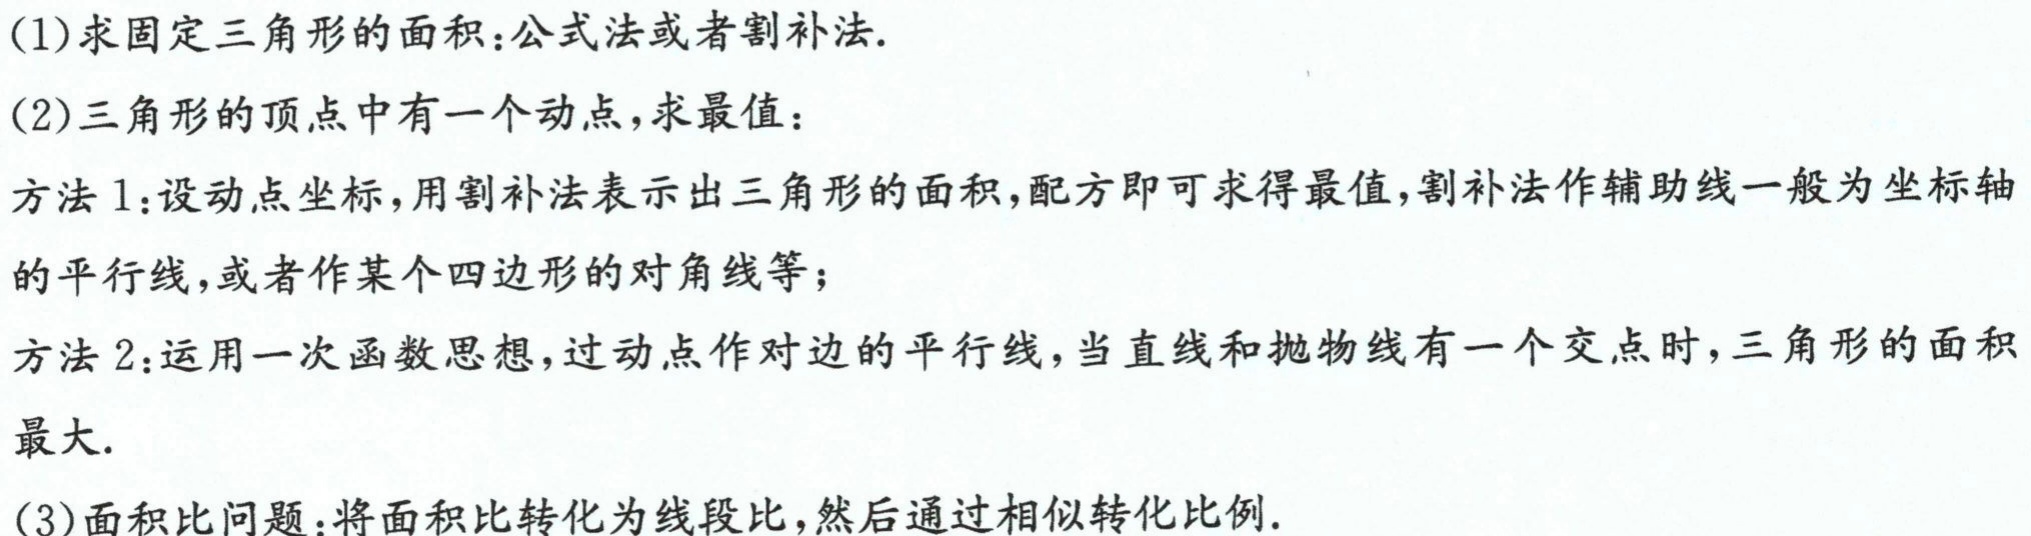
(1)求固定三角形的面积：公式法或者割补法.
(2)三角形的顶点中有一个动点，求最值：
方法1：设动点坐标，用割补法表示出三角形的面积，配方即可求得最值，割补法作辅助线一般为坐标轴的平行线，或者作某个四边形的对角线等；
方法2：运用一次函数思想，过动点作对边的平行线，当直线和抛物线有一个交点时，三角形的面积最大.
(3)面积比问题：将面积比转化为线段比，然后通过相似转化比例.